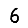
Digit: 6